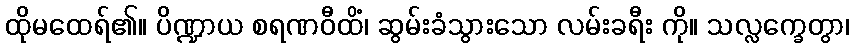
ထိုမထေရ်၏။ ပိဏ္ဍာယ စရဏဝီထိံ၊ ဆွမ်းခံသွားသော လမ်းခရီး ကို။ သလ္လက္ခေတွာ၊